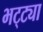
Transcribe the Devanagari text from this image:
भट्‌ट्या